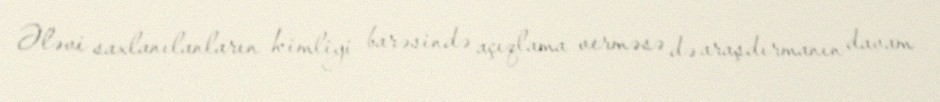
Ələvi saxlanılanların kimliyi barəsində açıqlama verməsə də araşdırmanın davam